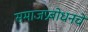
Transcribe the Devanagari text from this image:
समाजप्रबोधनचे